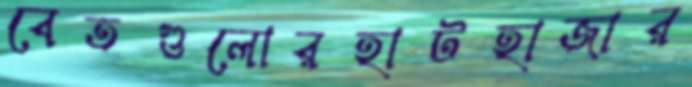
বেতগুলোরহাটহাজার